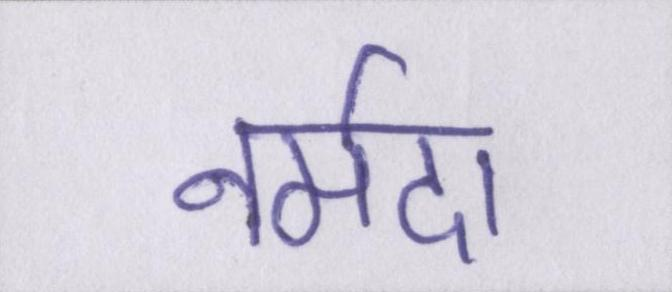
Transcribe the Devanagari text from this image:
नर्मदा